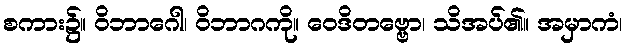
စကား၌။ ဝိဘာဂေါ၊ ဝိဘာဂကို။ ဝေဒိတဗ္ဗော၊ သိအပ်၏။ အမှာကံ၊